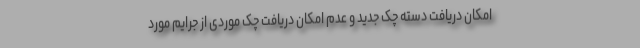
امکان دریافت دسته چک جدید و عدم امکان دریافت چک موردی از جرایم مورد